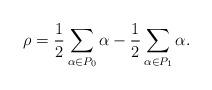
LaTeX: \begin{align*}\rho=\frac{1}{2}\sum _{\alpha \in P_0}\alpha-\frac{1}{2}\sum _{\alpha \in P_1}\alpha. \end{align*}